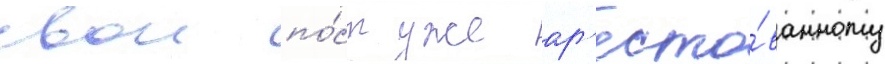
свои по́ст уже ар'есто́ванному